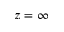
z = \infty